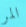
المر